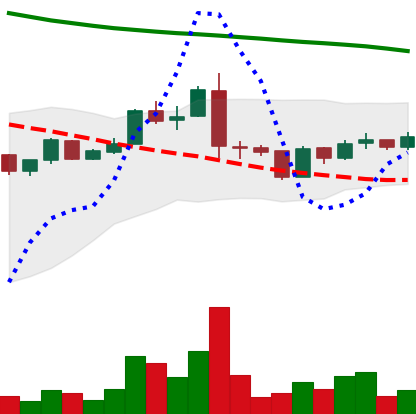
Ticker: ADA-USD
Chart end date: 2019-01-19
Forward return: -5.952%
Label: down_5_7